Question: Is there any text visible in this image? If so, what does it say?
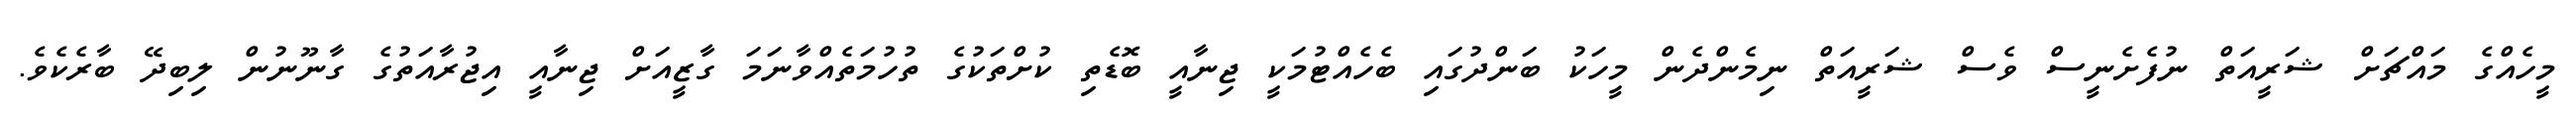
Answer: މީހެއްގެ މައްޗަށް ޝަރީއަތް ނުފެށެނީސް ވެސް ޝަރީއަތް ނިމެންދެން މީހަކު ބަންދުގައި ބެހެއްޓުމަކީ ޖިނާއީ ބޮޑެތި ކުށްތަކުގެ ތުހުމަތެއްވާނަމަ ގާޒީއަށް ޖިނާއީ އިޖުރާއަތުގެ ގާނޫނުން ލިބިދޭ ބާރެކެވެ.